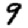
Digit: 9